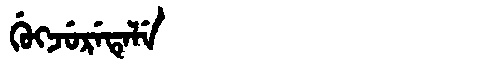
Manchu: ᡤᡠᡴᠵᡠᡵᡝᡨᡝᠯᡝ
Romanization: GUKJURETELE